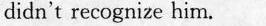
din't rcognize him.